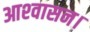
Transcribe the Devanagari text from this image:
आश्‍वासन।